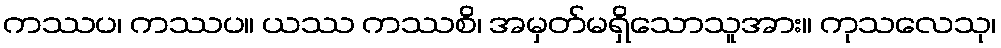
ကဿပ၊ ကဿပ။ ယဿ ကဿစိ၊ အမှတ်မရှိသောသူအား။ ကုသလေသု၊